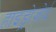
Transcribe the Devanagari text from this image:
हाइड्रोज़ोई